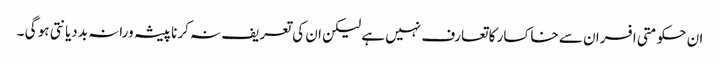
ان حکومتی افسران سے خاکسار کا تعارف نہیں ہے لیکن ان کی تعریف نہ کرنا پیشہ ورانہ بددیانتی ہو گی ۔